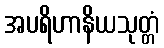
အပရိဟာနိယသုတ္တံ